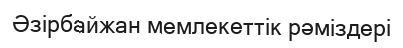
Әзірбайжан мемлекеттік рәміздері